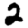
Digit: 2